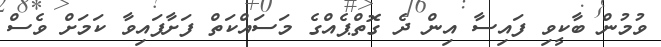
ވުމުން ބާކީވި ފައިސާ އިން ދެ ގޮތްޕެއްގެ މަސައްކަތް ފަށާފައިވާ ކަމަށް ވެސް